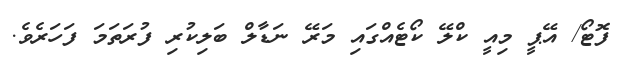
ފޮޓޯ/ އޭޕީ މިއީ ކްލޭ ކޯޓެއްގައި މަރޭ ނަޑާލް ބަލިކުރި ފުރަތަމަ ފަހަރެވެ.